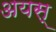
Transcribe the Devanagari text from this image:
अयस्‌